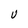
Character: U